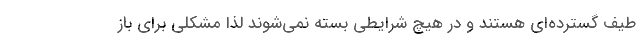
طیف گسترده‌ای هستند و در هیچ شرایطی بسته نمی‌شوند لذا مشکلی برای باز